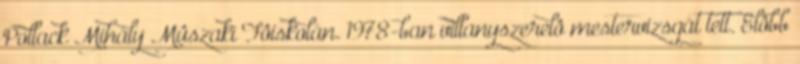
Pollack Mihály Mûszaki Fôiskolán. 1978-ban villanyszerelô mestervizsgát tett. Elôbb